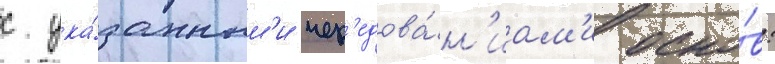
с ука́занным'и чер'едова́н'иам'и осно́в: